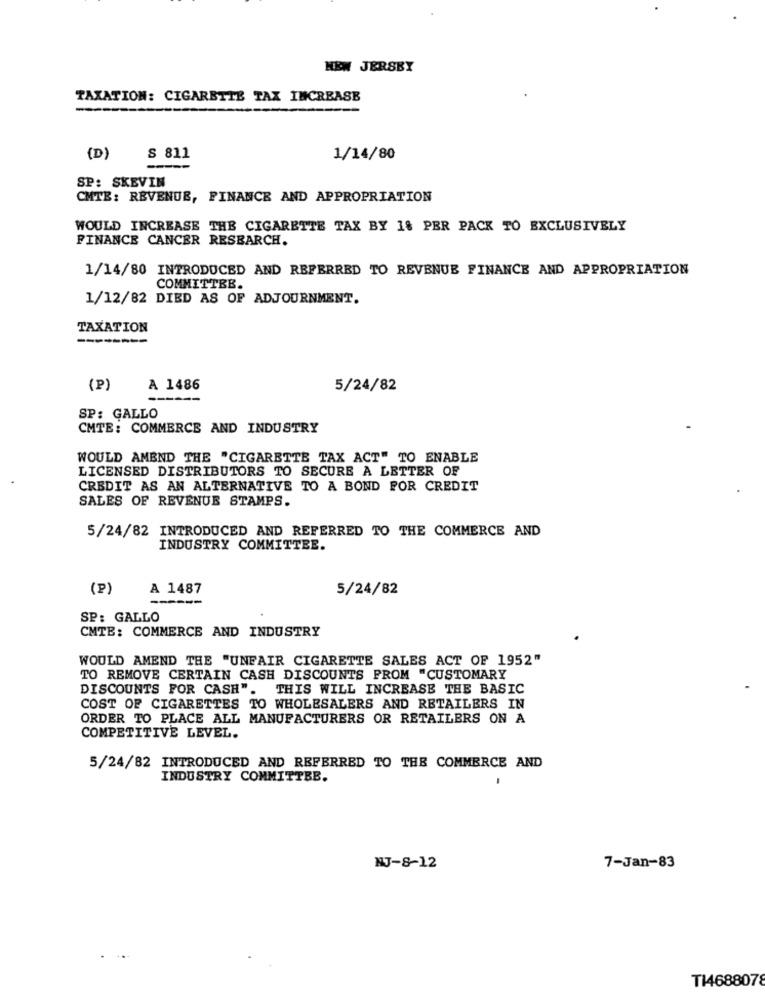
NEW JERSEY
TAXATION: CIGARETTE TAX INCREASE
(D)
S 811
1/14/80
SP: SKEVIN
CMTE: REVENUE, FINANCE AND APPROPRIATION
WOULD INCREASE THE CIGARETTE TAX BY 18 PER PACK TO EXCLUSIVELY
FINANCE CANCER RESEARCH.
1/14/80 INTRODUCED AND REFERRED TO REVENUE FINANCE AND APPROPRIATION
COMMITTEE.
1/12/82 DIED AS OF ADJOURNMENT.
TAXATION
--------
(P)
A 1486
5/24/82
SP: GALLO
CMTE: COMMERCE AND INDUSTRY
WOULD AMEND THE "CIGARETTE TAX ACT" TO ENABLE
LICENSED DISTRIBUTORS TO SECURE A LETTER OF
CREDIT AS AN ALTERNATIVE TO A BOND FOR CREDIT
SALES OF REVENUE STAMPS.
5/24/82 INTRODUCED AND REFERRED TO THE COMMERCE AND
INDUSTRY COMMITTEE.
(P)
A 1487
5/24/82
------
SP: GALLO
CMTE: COMMERCE AND INDUSTRY
WOULD AMEND THE "UNEAIR CIGARETTE SALES ACT OF 1952"
TO REMOVE CERTAIN CASH DISCOUNTS PROM "CUSTOMARY
DISCOUNTS FOR CASH". THIS WILL INCREASE THE BASIC
COST OF CIGARETTES TO WHOLESALERS AND RETAILERS IN
ORDER TO PLACE ALL MANUFACTURERS OR RETAILERS ON A
COMPETITIVE LEVEL.
5/24/82 INTRODUCED AND REFERRED TO THE COMMERCE AND
INDUSTRY COMMITTEE.
NJ-8-12
7-Jan-83
TI4688078